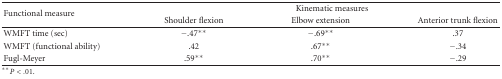
<table><thead><tr><td rowspan="2"><b>Functional measure</b></td><td colspan="3"><b>Kinematic measures</b></td></tr><tr><td><b>Shoulder flexion</b></td><td><b>Elbow extension</b></td><td><b>Anterior trunk flexion </b></td></tr></thead><tbody><tr><td>WMFT time (sec)</td><td>−.47**</td><td>−.69**</td><td>.37</td></tr><tr><td>WMFT (functional ability)</td><td>.42</td><td>.67**</td><td>−.34</td></tr><tr><td>Fugl-Meyer</td><td>.59**</td><td>.70**</td><td>−.29</td></tr></tbody></table>